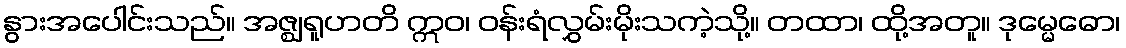
နွားအပေါင်းသည်။ အဇ္ဈရူဟတိ ဣဝ၊ ဝန်းရံလွှမ်းမိုးသကဲ့သို့။ တထာ၊ ထို့အတူ။ ဒုမ္မေဓော၊